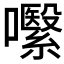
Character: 𱕧